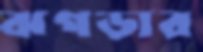
ঝগড়ার